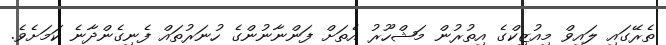
ތެރޭގައި ލައިވް މިއުޒިކްގެ އިތުރުން މަޝްހޫރު އެތަށް ފަންނާނުންގެ ހުނަރުތައް ފެނިގެންދާނެ ކަމަށެވެ.